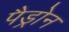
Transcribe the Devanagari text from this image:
पैड्रोन